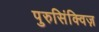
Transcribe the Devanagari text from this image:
पुरुसिंक्विज़